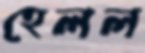
হেলল